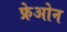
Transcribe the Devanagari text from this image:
फ्रेओन